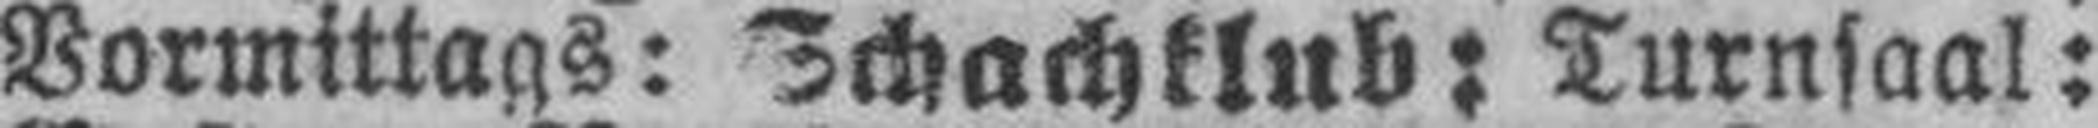
Vormittags: Schachklub: Turnsaal: